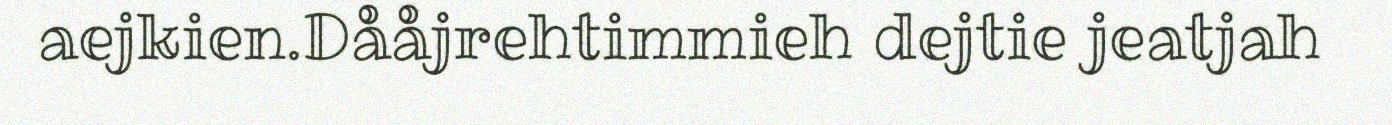
aejkien.Dååjrehtimmieh dejtie jeatjah